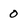
Character: 0